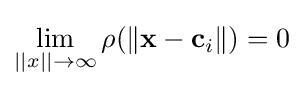
\lim _{||x||\to \infty }\rho (\left\Vert \mathbf {x} -\mathbf {c} _{i}\right\Vert )=0